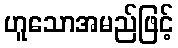
ဟူသောအမည်ဖြင့်